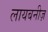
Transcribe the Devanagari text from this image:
लायबनीज़